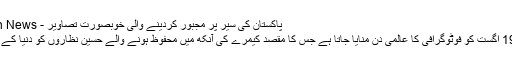
پاکستان کی سیر پر مجبور کردینے والی خوبصورت تصاویر - Pakistan - Dawn News
دنیا بھر میں ہر سال 19 اگست کو فوٹوگرافی کا عالمی دن منایا جاتا ہے جس کا مقصد کیمرے کی آنکھ میں محفوظ ہونے والے حسین نظاروں کو دنیا کے سامنے پیش کرنا ہے۔